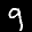
Label: 9